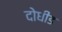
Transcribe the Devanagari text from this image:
दोधीड